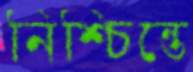
নিশ্চিন্তে